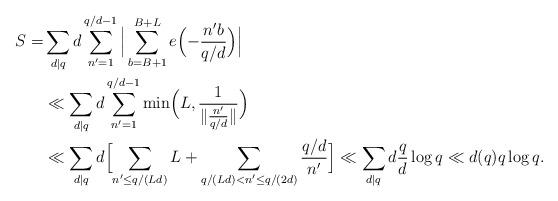
LaTeX: \begin{align*}S =& \sum_{d | q} d \sum_{n' = 1}^{q/d - 1} \Big| \sum_{b = B+1}^{B+L} e\Bigl(-\frac{n' b}{q/d}\Bigr) \Big| \\&\ll \sum_{d | q} d \sum_{n' = 1}^{q/d - 1} \min\Bigl(L, \frac{1}{\|\frac{n'}{q/d}\|}\Bigr) \\&\ll \sum_{d | q} d \Bigl[ \sum_{n' \le q/(Ld)} L + \sum_{q/(Ld) < n' \le q/(2d)} \frac{q/d}{n'} \Bigr] \ll \sum_{d | q} d \frac{q}{d} \log q \ll d(q) q \log q.\end{align*}